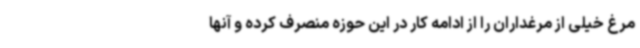
مرغ خیلی از مرغداران را از ادامه کار در این حوزه منصرف کرده و آنها